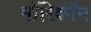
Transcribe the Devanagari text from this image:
माॅरिकाॅन